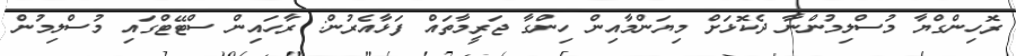
ރޮހިންގްޔާ މުސްލިމުންނާ ދެކޮޅަށް މިޔަންމާއިން ހިންގާ ޖަރީމާތައް ފަޅާއެރުން: ރާހައިން ސްޓޭޓްގައި މުސްލިމުން